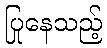
ပြုနေသည့်